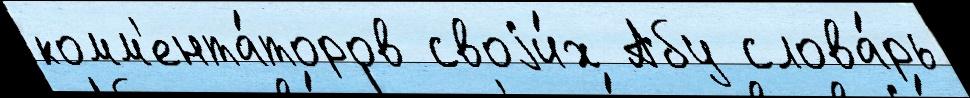
комм'ента́торов своjи́х Абу слова́рь